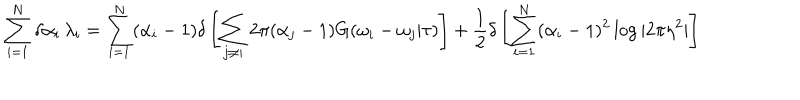
\sum _ { i = 1 } ^ { N } \delta \alpha _ { i } \, \lambda _ { i } = \sum _ { i = 1 } ^ { N } ( \alpha _ { i } - 1 ) \delta \left[ \sum _ { j \neq i } 2 \pi ( \alpha _ { j } - 1 ) G ( \omega _ { i } - \omega _ { j } | \tau ) \right] + \frac { 1 } { 2 } \delta \left[ \sum _ { i = 1 } ^ { N } ( \alpha _ { i } - 1 ) ^ { 2 } \log | 2 \pi \eta ^ { 2 } | \right]